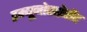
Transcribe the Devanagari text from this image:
इम्यूनोसप्रेसेंट